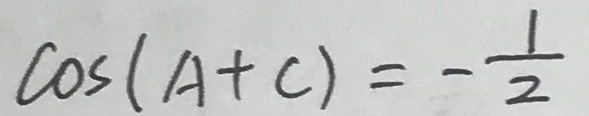
\cos ( A + C ) = - \frac { 1 } { 2 }